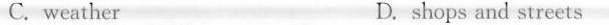
C. weather D. shops and streets